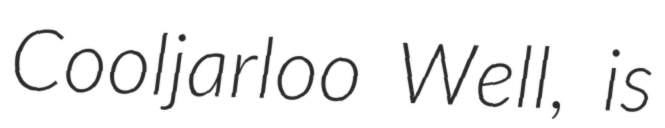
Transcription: Cooljarloo Well, is